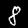
Label: 8